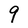
Character: 9